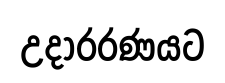
උදාරරණයට